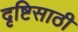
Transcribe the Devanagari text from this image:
दृष्टिसाठी